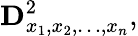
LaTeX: \mathbf{D}_{x_{1},x_{2},\dots,x_{n}}^{2},